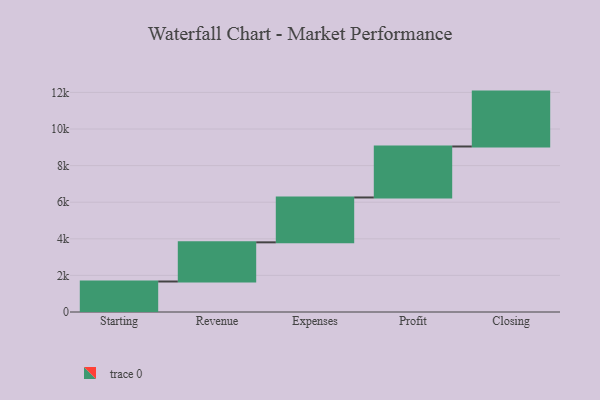
{"axis": {"x": "Step", "y": "Value"}, "legend": [""], "data": [{"x": "Starting", "y": 1667.0, "type": ""}, {"x": "Revenue", "y": 2140.0, "type": ""}, {"x": "Expenses", "y": 2452.0, "type": ""}, {"x": "Profit", "y": 2786.0, "type": ""}, {"x": "Closing", "y": 3000, "type": ""}]}